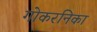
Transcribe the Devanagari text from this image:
गोकरनिका